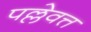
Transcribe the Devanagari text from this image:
पल्लेवत्त